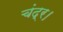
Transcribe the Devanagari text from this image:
चंद्र।